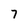
Character: 7